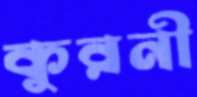
কুরনী